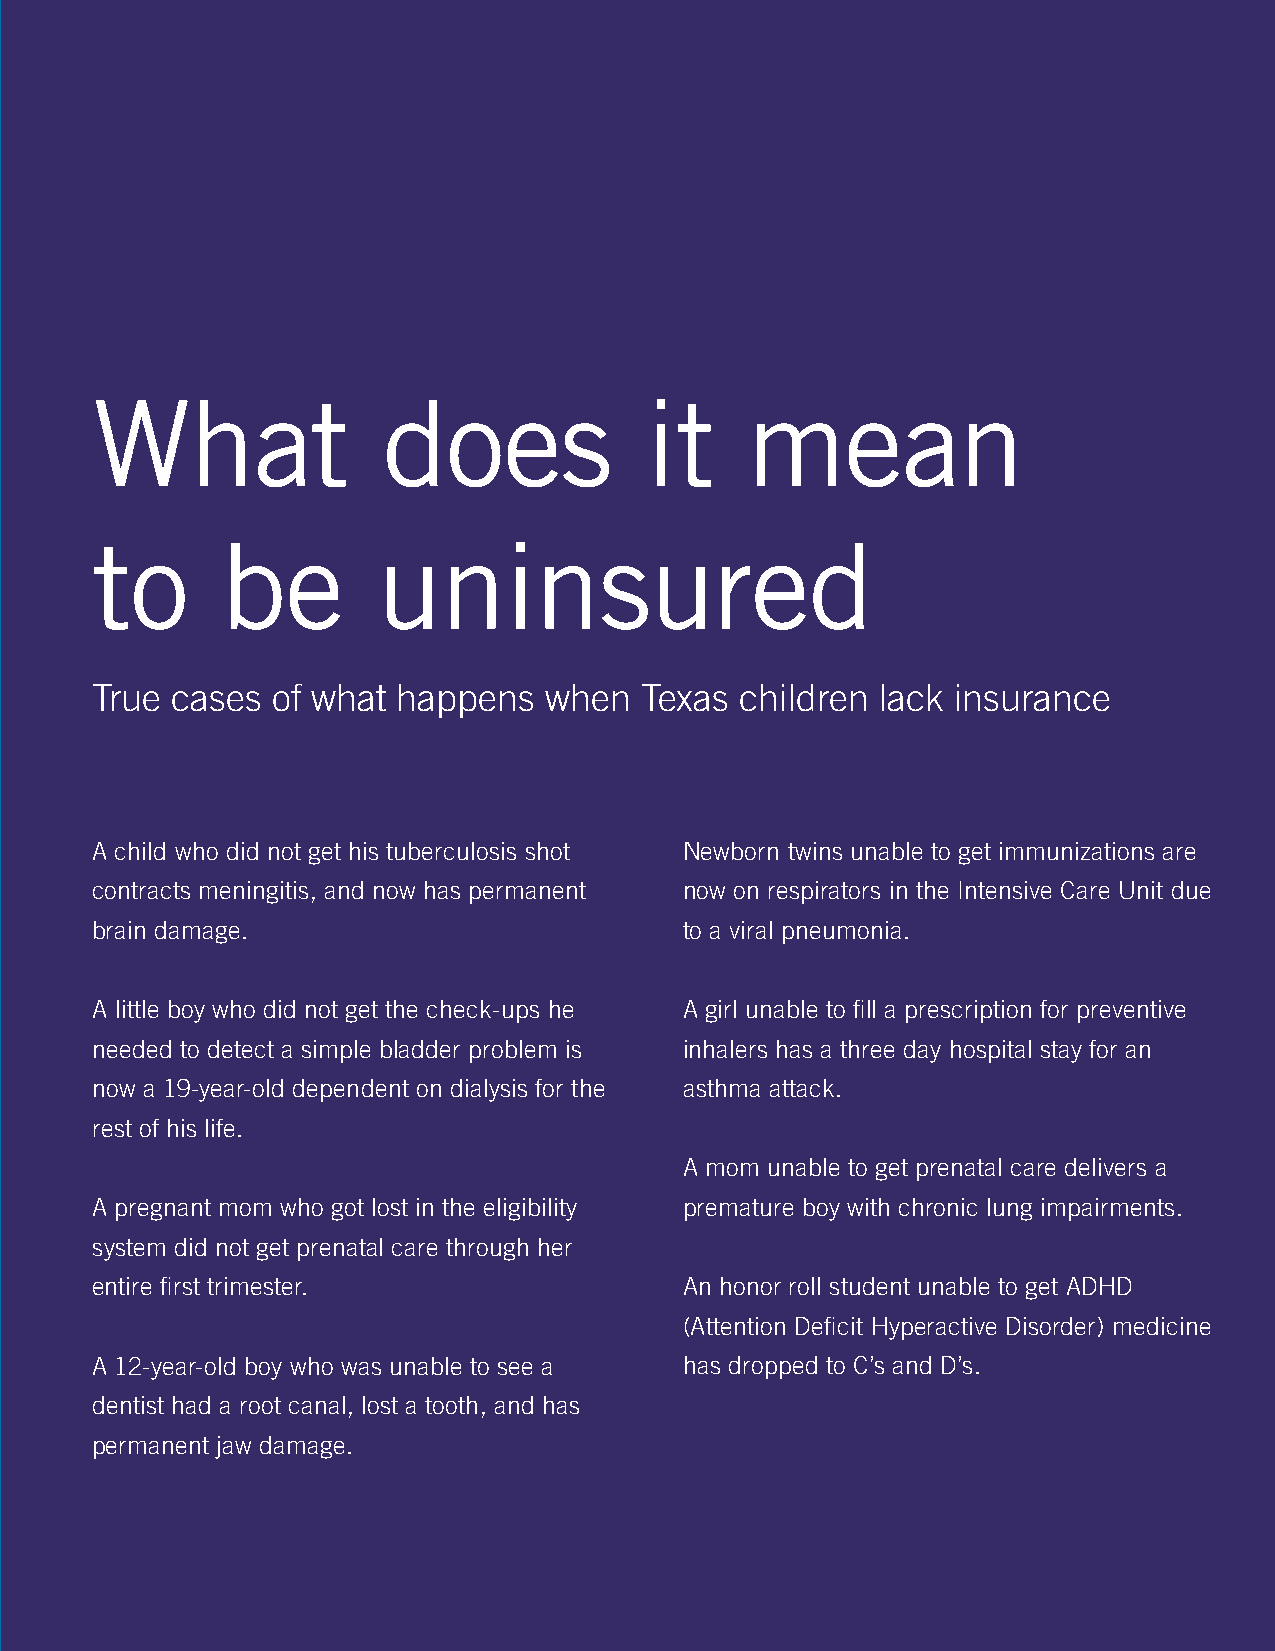
What               does              it    mean
 to       be        uninsured
 True cases  of what happens   when  Texas  children lack insurance
 A child who did not get his tuberculosis shot Newborn twins unable to get immunizations are
 contracts meningitis, and now has permanent now on respirators in the Intensive Care Unit due
 brain damage.                          to a viral pneumonia.
 A little boy who did not get the check-ups he A girl unable to fill a prescription for preventive
 needed to detect a simple bladder problem is inhalers has a three day hospital stay for an
 now a 19-year-old dependent on dialysis for the asthma attack.
 rest of his life.
 A mom unable to get prenatal care delivers a
 A pregnant mom who got lost in the eligibility premature boy with chronic lung impairments.
 system did not get prenatal care through her
 entire first trimester.                An honor roll student unable to get ADHD
 (Attention Deficit Hyperactive Disorder) medicine
 A 12-year-old boy who was unable to see a has dropped to C’s and D’s.
 dentist had a root canal, lost a tooth, and has
 permanent jaw damage.